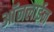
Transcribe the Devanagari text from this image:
आॅनलाईन